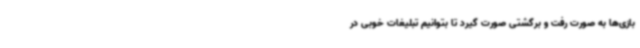
بازی‌ها به صورت رفت و برگشتی صورت گیرد تا بتوانیم تبلیغات خوبی در